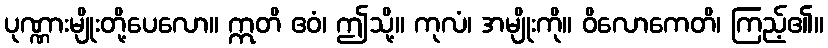
ပုဏ္ဏားမျိုးတို့ပေလော။ ဣတိ ဧဝံ၊ ဤသို့။ ကုလံ၊ အမျိုးကို။ ဝိလောကေတိ၊ ကြည့်၏။